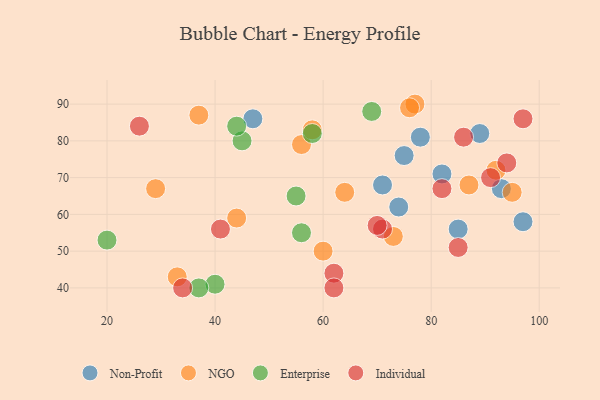
{"axis": {"x": "GDP", "y": "Life Expectancy"}, "legend": ["Enterprise", "Individual", "NGO", "Non-Profit"], "data": [{"x": "78", "y": 81, "type": "Non-Profit"}, {"x": "75", "y": 76, "type": "Non-Profit"}, {"x": "93", "y": 67, "type": "Non-Profit"}, {"x": "82", "y": 71, "type": "Non-Profit"}, {"x": "71", "y": 68, "type": "Non-Profit"}, {"x": "74", "y": 62, "type": "Non-Profit"}, {"x": "97", "y": 58, "type": "Non-Profit"}, {"x": "89", "y": 82, "type": "Non-Profit"}, {"x": "85", "y": 56, "type": "Non-Profit"}, {"x": "47", "y": 86, "type": "Non-Profit"}, {"x": "56", "y": 79, "type": "NGO"}, {"x": "87", "y": 68, "type": "NGO"}, {"x": "92", "y": 72, "type": "NGO"}, {"x": "33", "y": 43, "type": "NGO"}, {"x": "77", "y": 90, "type": "NGO"}, {"x": "76", "y": 89, "type": "NGO"}, {"x": "29", "y": 67, "type": "NGO"}, {"x": "60", "y": 50, "type": "NGO"}, {"x": "64", "y": 66, "type": "NGO"}, {"x": "95", "y": 66, "type": "NGO"}, {"x": "37", "y": 87, "type": "NGO"}, {"x": "58", "y": 83, "type": "NGO"}, {"x": "44", "y": 59, "type": "NGO"}, {"x": "73", "y": 54, "type": "NGO"}, {"x": "56", "y": 55, "type": "Enterprise"}, {"x": "40", "y": 41, "type": "Enterprise"}, {"x": "45", "y": 80, "type": "Enterprise"}, {"x": "55", "y": 65, "type": "Enterprise"}, {"x": "37", "y": 40, "type": "Enterprise"}, {"x": "20", "y": 53, "type": "Enterprise"}, {"x": "44", "y": 84, "type": "Enterprise"}, {"x": "69", "y": 88, "type": "Enterprise"}, {"x": "58", "y": 82, "type": "Enterprise"}, {"x": "62", "y": 44, "type": "Individual"}, {"x": "97", "y": 86, "type": "Individual"}, {"x": "62", "y": 40, "type": "Individual"}, {"x": "71", "y": 56, "type": "Individual"}, {"x": "94", "y": 74, "type": "Individual"}, {"x": "86", "y": 81, "type": "Individual"}, {"x": "34", "y": 40, "type": "Individual"}, {"x": "85", "y": 51, "type": "Individual"}, {"x": "26", "y": 84, "type": "Individual"}, {"x": "41", "y": 56, "type": "Individual"}, {"x": "82", "y": 67, "type": "Individual"}, {"x": "91", "y": 70, "type": "Individual"}, {"x": "70", "y": 57, "type": "Individual"}]}